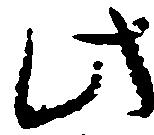
此